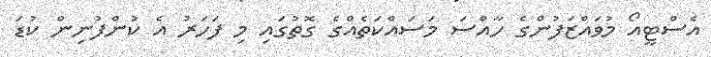
އެސްޓީއޯ މުވައްޒަފުންގެ ހާއްސަ މަސައްކަތެއްގެ ގޮތުގައި މި ފަހަރު އެ ކުންފުނިން ކުޑަ